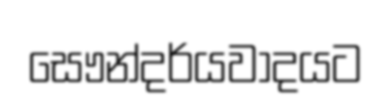
සෞන්දර්යවාදයට